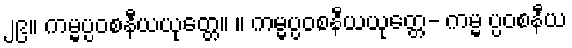
၂၉။ ကမ္မပ္ပဝစနီယယုတ္တေ။ ။ ကမ္မပ္ပဝစနီယယုတ္တေ- ကမ္မ ပ္ပဝစနီယ